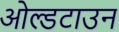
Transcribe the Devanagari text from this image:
ओल्डटाउन